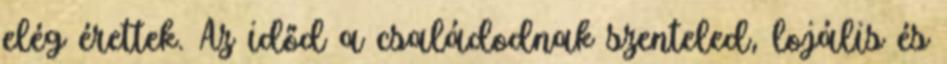
elég érettek. Az időd a családodnak szenteled, lojális és